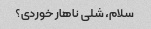
سلام، شلی ناهار خوردی؟